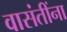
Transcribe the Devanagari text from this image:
वासंतींना